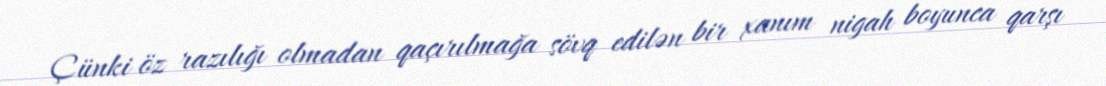
Çünki öz razılığı olmadan qaçırılmağa sövq edilən bir xanım nigah boyunca qarşı